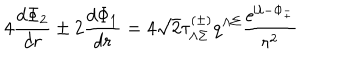
4 { \frac { d \Phi _ { 2 } } { d r } } \pm 2 { \frac { d \Phi _ { 1 } } { d r } } = 4 \sqrt { 2 } \tau _ { \Lambda \Sigma } ^ { \left( \pm \right) } q ^ { \Lambda \Sigma } { \frac { e ^ { { \cal U } - \Phi _ { \pm } } } { r ^ { 2 } } }